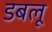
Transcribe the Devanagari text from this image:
डबलू